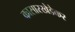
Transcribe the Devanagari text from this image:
कासारखेडेकर